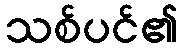
သစ်ပင်၏